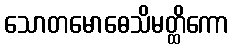
သောတမောဓေသိမတ္ထိကော